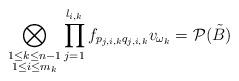
LaTeX: \begin{align*}\bigotimes_{\substack{1\leq k \leq n-1\\ 1 \leq i \leq m_k}}\prod_{j=1}^{l_{i,k}}f_{p_{j,i,k}q_{j,i,k}}v_{\omega_k}=\mathcal{P}(\tilde B)\end{align*}